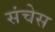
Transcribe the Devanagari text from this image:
संचेस